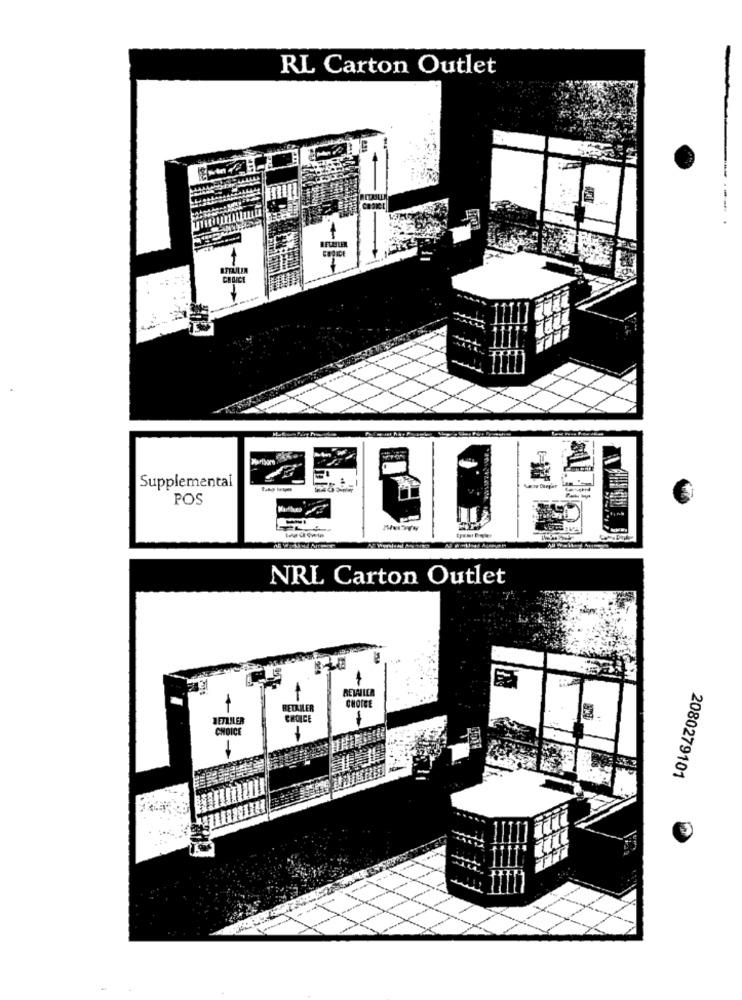
RL Carton Outlet
CODICI
CHOICE
ar-
Supplemental
POS
NRL Carton Outlet
RETAILER
CHOICE
RETAILER
RETAILER
CHOICE
-
CHOICE
2080279101